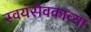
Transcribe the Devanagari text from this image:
स्वयंसेवकाच्या